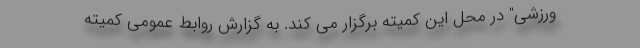
ورزشی" در محل این کمیته برگزار می کند. به گزارش روابط عمومی کمیته